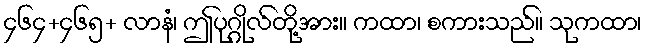
၄၆၄+၄၆၅+ လာနံ၊ ဤပုဂ္ဂိုလ်တို့အား။ ကထာ၊ စကားသည်။ သုကထာ၊